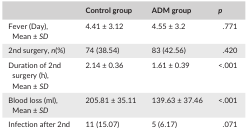
<table><thead><tr><td></td><td><b>Control group</b></td><td><b>ADM group</b></td><td><b><i>p</i></b></td></tr></thead><tbody><tr><td>Fever (Day), Mean ±<i> SD</i></td><td>4.41 ± 3.12</td><td>4.55 ± 3.2</td><td>.771</td></tr><tr><td>2nd surgery, <i>n</i>(%)</td><td>74 (38.54)</td><td>83 (42.56)</td><td>.420</td></tr><tr><td>Duration of 2nd surgery (h), Mean ± <i>SD</i></td><td>2.14 ± 0.36</td><td>1.61 ± 0.39</td><td>&lt;.001</td></tr><tr><td>Blood loss (ml), Mean ±<i> SD</i></td><td>205.81 ± 35.11</td><td>139.63 ± 37.46</td><td>&lt;.001</td></tr><tr><td>Infection after 2nd surgery</td><td>11 (15.07)</td><td>5 (6.17)</td><td>.071</td></tr></tbody></table>